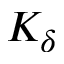
K _ { \delta }